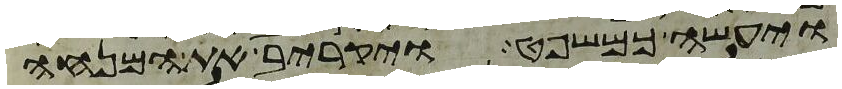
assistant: ויעשה כמשפט ויקרב את המנחה